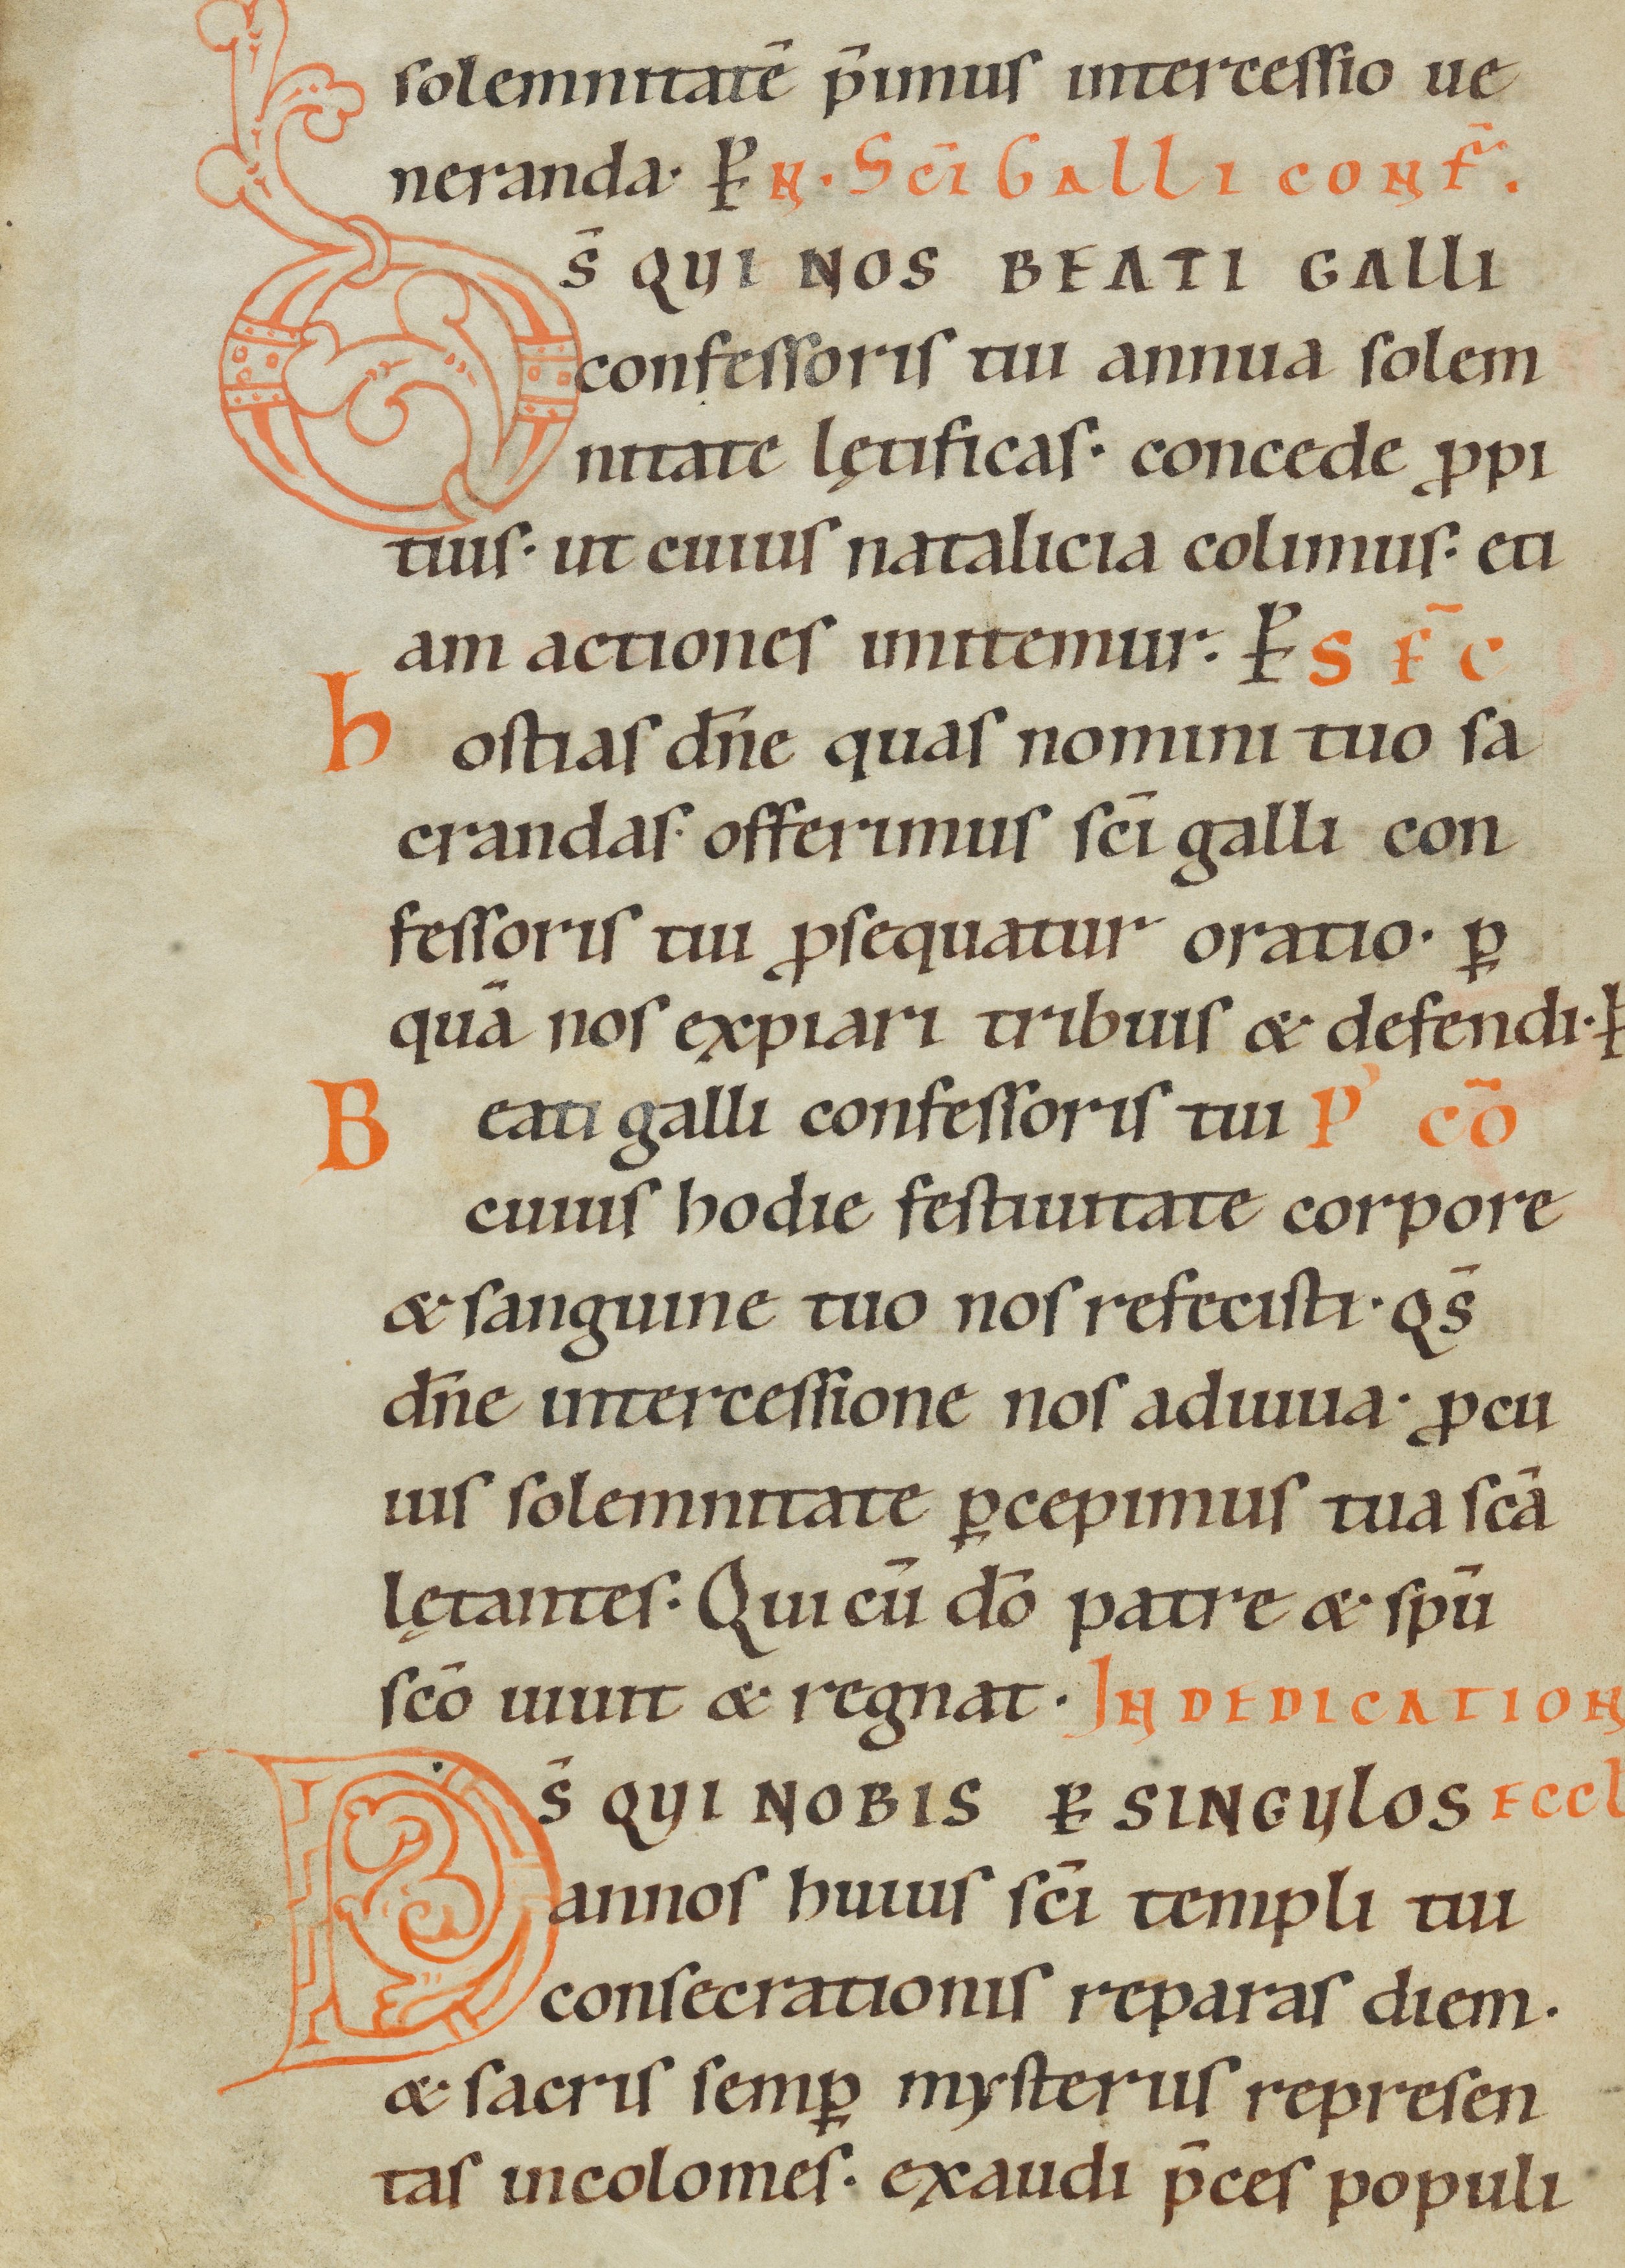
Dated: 1000–1099